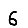
Digit: 6